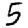
Digit: 5